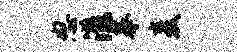
怒漾摹麦